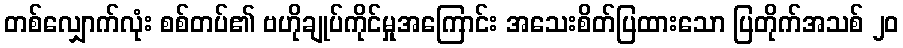
တစ်လျှောက်လုံး စစ်တပ်၏ ဗဟိုချုပ်ကိုင်မှုအကြောင်း အသေးစိတ်ပြထားသော ပြတိုက်အသစ် ၂၀